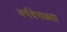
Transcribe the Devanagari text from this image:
वर्गवेगळ्या